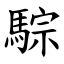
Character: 騌